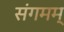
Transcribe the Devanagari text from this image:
संगमम्